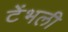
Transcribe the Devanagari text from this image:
टेंभली